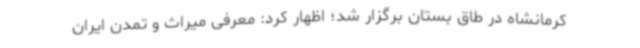
کرمانشاه در طاق بستان برگزار شد؛ اظهار کرد: معرفی میراث و تمدن ایران